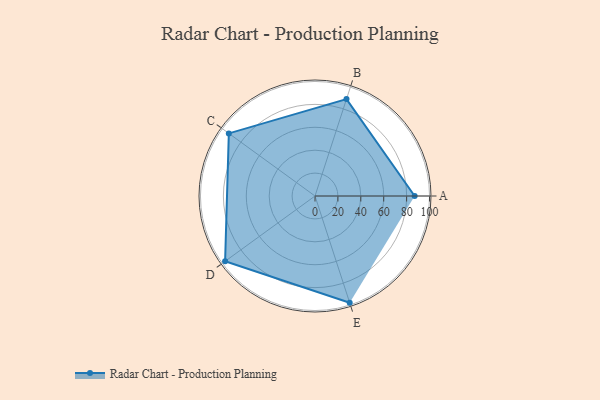
{"axis": {"x": "Skill", "y": "Score"}, "legend": ["Profile"], "data": [{"x": "A", "y": 87.0, "type": "Profile"}, {"x": "B", "y": 89.0, "type": "Profile"}, {"x": "C", "y": 93.0, "type": "Profile"}, {"x": "D", "y": 97.0, "type": "Profile"}, {"x": "E", "y": 98.0, "type": "Profile"}]}